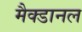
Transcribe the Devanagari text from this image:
मैक्डानल